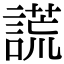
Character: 謊